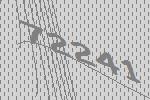
72241